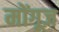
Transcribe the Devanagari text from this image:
मोंगूज